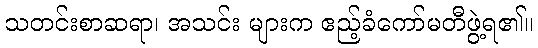
သတင်းစာဆရာ၊ အသင်း များက ဧည့်ခံကော်မတီဖွဲ့ရ၏။